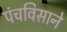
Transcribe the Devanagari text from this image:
पंचविसाने